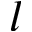
l